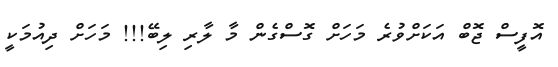
އޮފީސް ޖޮބް އަކަށްވުރެ މަހަށް ގޮސްގެން މާ ލާރި ލިބޭ!!! މަހަށް ދިއުމަކީ